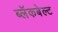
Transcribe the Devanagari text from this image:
ब्लॅकबेल्ट